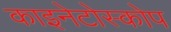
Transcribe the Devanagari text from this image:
काइनेटोस्कोप